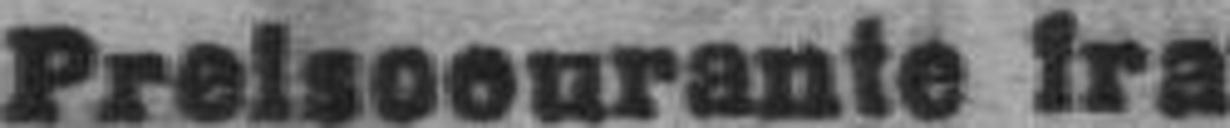
Preisoourante kran###